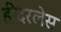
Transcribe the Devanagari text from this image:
हीदरलेस